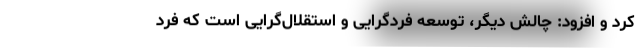
کرد و افزود: چالش دیگر، توسعه فردگرایی و استقلال‌گرایی است که فرد